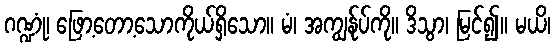
ဂဏ္ဍုံ၊ ဖြော့တော့သောကိုယ်ရှိသော။ မံ၊ အကျွန်ုပ်ကို။ ဒိသွာ၊ မြင်၍။ မယိ၊